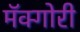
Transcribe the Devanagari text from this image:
मॅक्गोरी